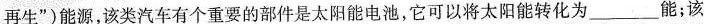
再生”)能源，该类汽车有个重要的部件是太阳能电池，它可以将太阳能转化为_____能；该